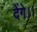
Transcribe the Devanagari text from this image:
देंगे।।